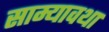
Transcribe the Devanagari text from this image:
साम्यावथा